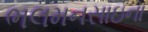
ભલમનસાઇના